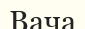
Вача